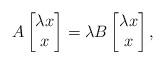
LaTeX: \begin{align*}A\begin{bmatrix}\lambda x\\ x\end{bmatrix}=\lambda B\begin{bmatrix} \lambda x\\ x\end{bmatrix},\end{align*}